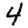
Digit: 4